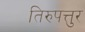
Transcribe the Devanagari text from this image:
तिरुपत्तुर